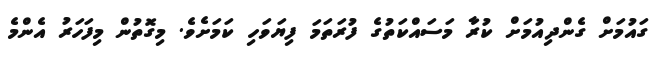
ގައުމަށް ގެންދިއުމަށް ކުރާ މަސައްކަތުގެ ފުރަތަމަ ފިޔަވަހި ކަމަށެވެ. މިގޮތުން މިފަހަރު އެންމެ